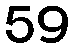
59